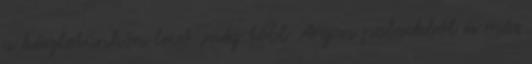
a készletünkön levő ,még több Argon palackból és más